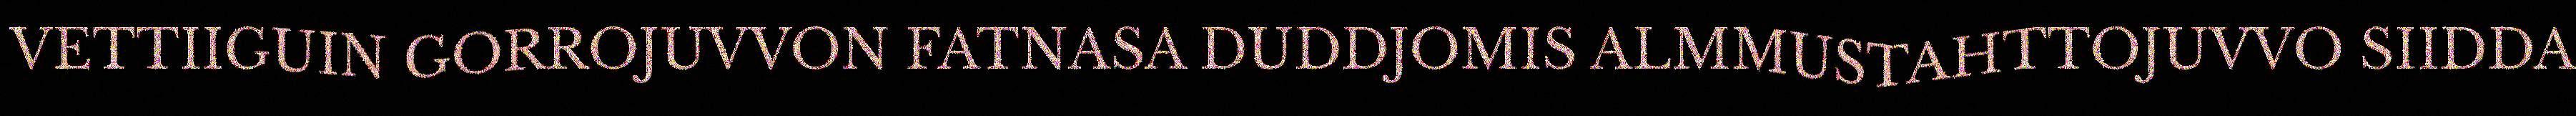
VETTIIGUIN GORROJUVVON FATNASA DUDDJOMIS ALMMUSTAHTTOJUVVO SIIDDA